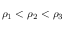
\rho _ { 1 } < \rho _ { 2 } < \rho _ { 3 }